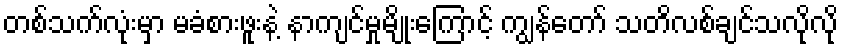
တစ်သက်လုံးမှာ မခံစားဖူးနဲ့ နာကျင်မှုမျိုးကြောင့် ကျွန်တော် သတိလစ်ချင်သလိုလို